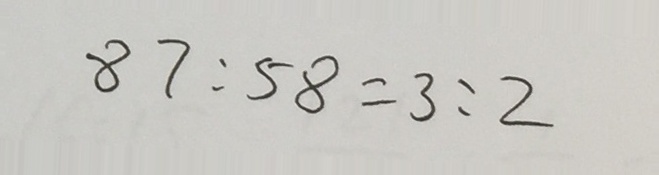
8 7 : 5 8 = 3 : 2